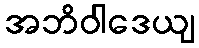
အဘိဝါဒေယျ